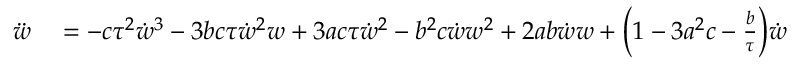
\begin{array} { r l } { \ddot { w } } & { { } = - c \tau ^ { 2 } \dot { w } ^ { 3 } - 3 b c \tau \dot { w } ^ { 2 } w + 3 a c \tau \dot { w } ^ { 2 } - b ^ { 2 } c \dot { w } w ^ { 2 } + 2 a b \dot { w } w + \Big ( 1 - 3 a ^ { 2 } c - \frac { b } { \tau } \Big ) \dot { w } } \end{array}